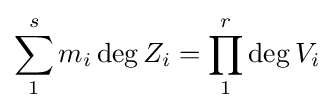
\sum _{1}^{s}m_{i}\deg Z_{i}=\prod _{1}^{r}\deg V_{i}